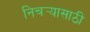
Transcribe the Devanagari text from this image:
निचर्‍यासाठी